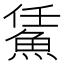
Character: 𩷀